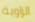
الزاوية